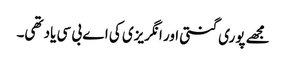
مجھے پوری گنتی اور انگریزی کی اے بی سی یاد تھی۔